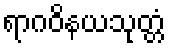
ရာဂဝိနယသုတ္တံ